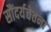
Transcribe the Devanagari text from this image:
सौंदर्यचेतना